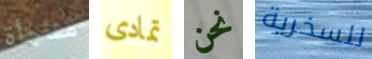
مفاجأة تمادى نحن للسخرية